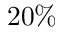
2 0 \%